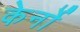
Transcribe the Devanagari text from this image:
केर्नो